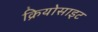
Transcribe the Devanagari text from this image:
क्रियोसाइट